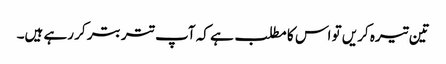
تین تیرہ کریں تو اس کا مطلب ہے کہ آپ تتر بتر کر رہے ہیں۔